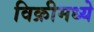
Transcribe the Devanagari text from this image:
विक्रीमध्ये